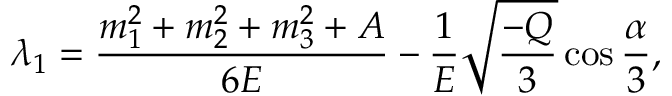
\lambda _ { 1 } = \frac { m _ { 1 } ^ { 2 } + m _ { 2 } ^ { 2 } + m _ { 3 } ^ { 2 } + A } { 6 E } - \frac 1 E \sqrt { \frac { - Q } 3 } \cos \frac \alpha 3 ,